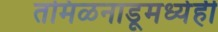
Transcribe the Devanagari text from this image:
तमिळनाडूमध्येही